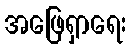
အဖြေရှာရေး